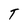
Character: T